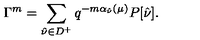
\Gamma ^ { m } = \sum _ { \hat { \nu } \in D ^ { + } } q ^ { - m \alpha _ { \hat { \nu } } ( \mu ) } P [ \hat { \nu } ] .